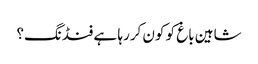
شاہین باغ کو کون کررہا ہے فنڈنگ؟